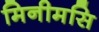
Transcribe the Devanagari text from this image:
मिनीमसि